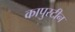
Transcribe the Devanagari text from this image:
कापुस्टीन